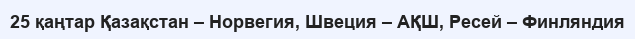
25 қаңтар Қазақстан – Норвегия, Швеция – АҚШ, Ресей – Финляндия